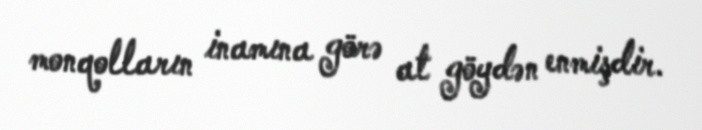
monqolların inamına görə at göydən enmişdir.